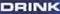
DRINK